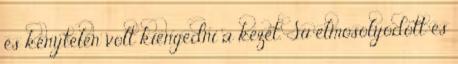
és kénytelen volt kiengedni a kezét. Su elmosolyodott és